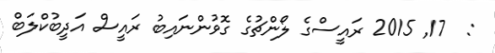
:  17